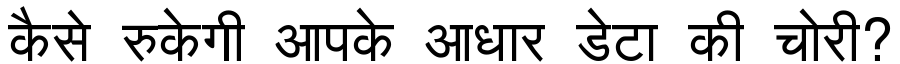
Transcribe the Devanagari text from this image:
कैसे रुकेगी आपके आधार डेटा की चोरी?